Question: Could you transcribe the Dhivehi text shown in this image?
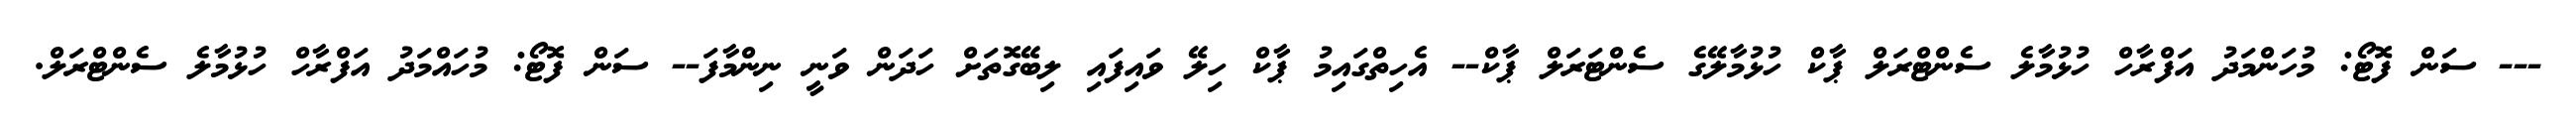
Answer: --- ސަން ފޮޓޯ: މުހަންމަދު އަފްރާހް ހުޅުމާލެ ސެންޓްރަލް ޕާކް ހުޅުމާލޭގެ ސެންޓަރަލް ޕާކް-- އެހިތްގައިމު ޕާކް ހިލޭ ވައިފައި ލިބޭގޮތަށް ހަދަން ވަނީ ނިންމާފަ-- ސަން ފޮޓޯ: މުހައްމަދު އަފްރާހް ހުޅުމާލެ ސެންޓްރަލް.